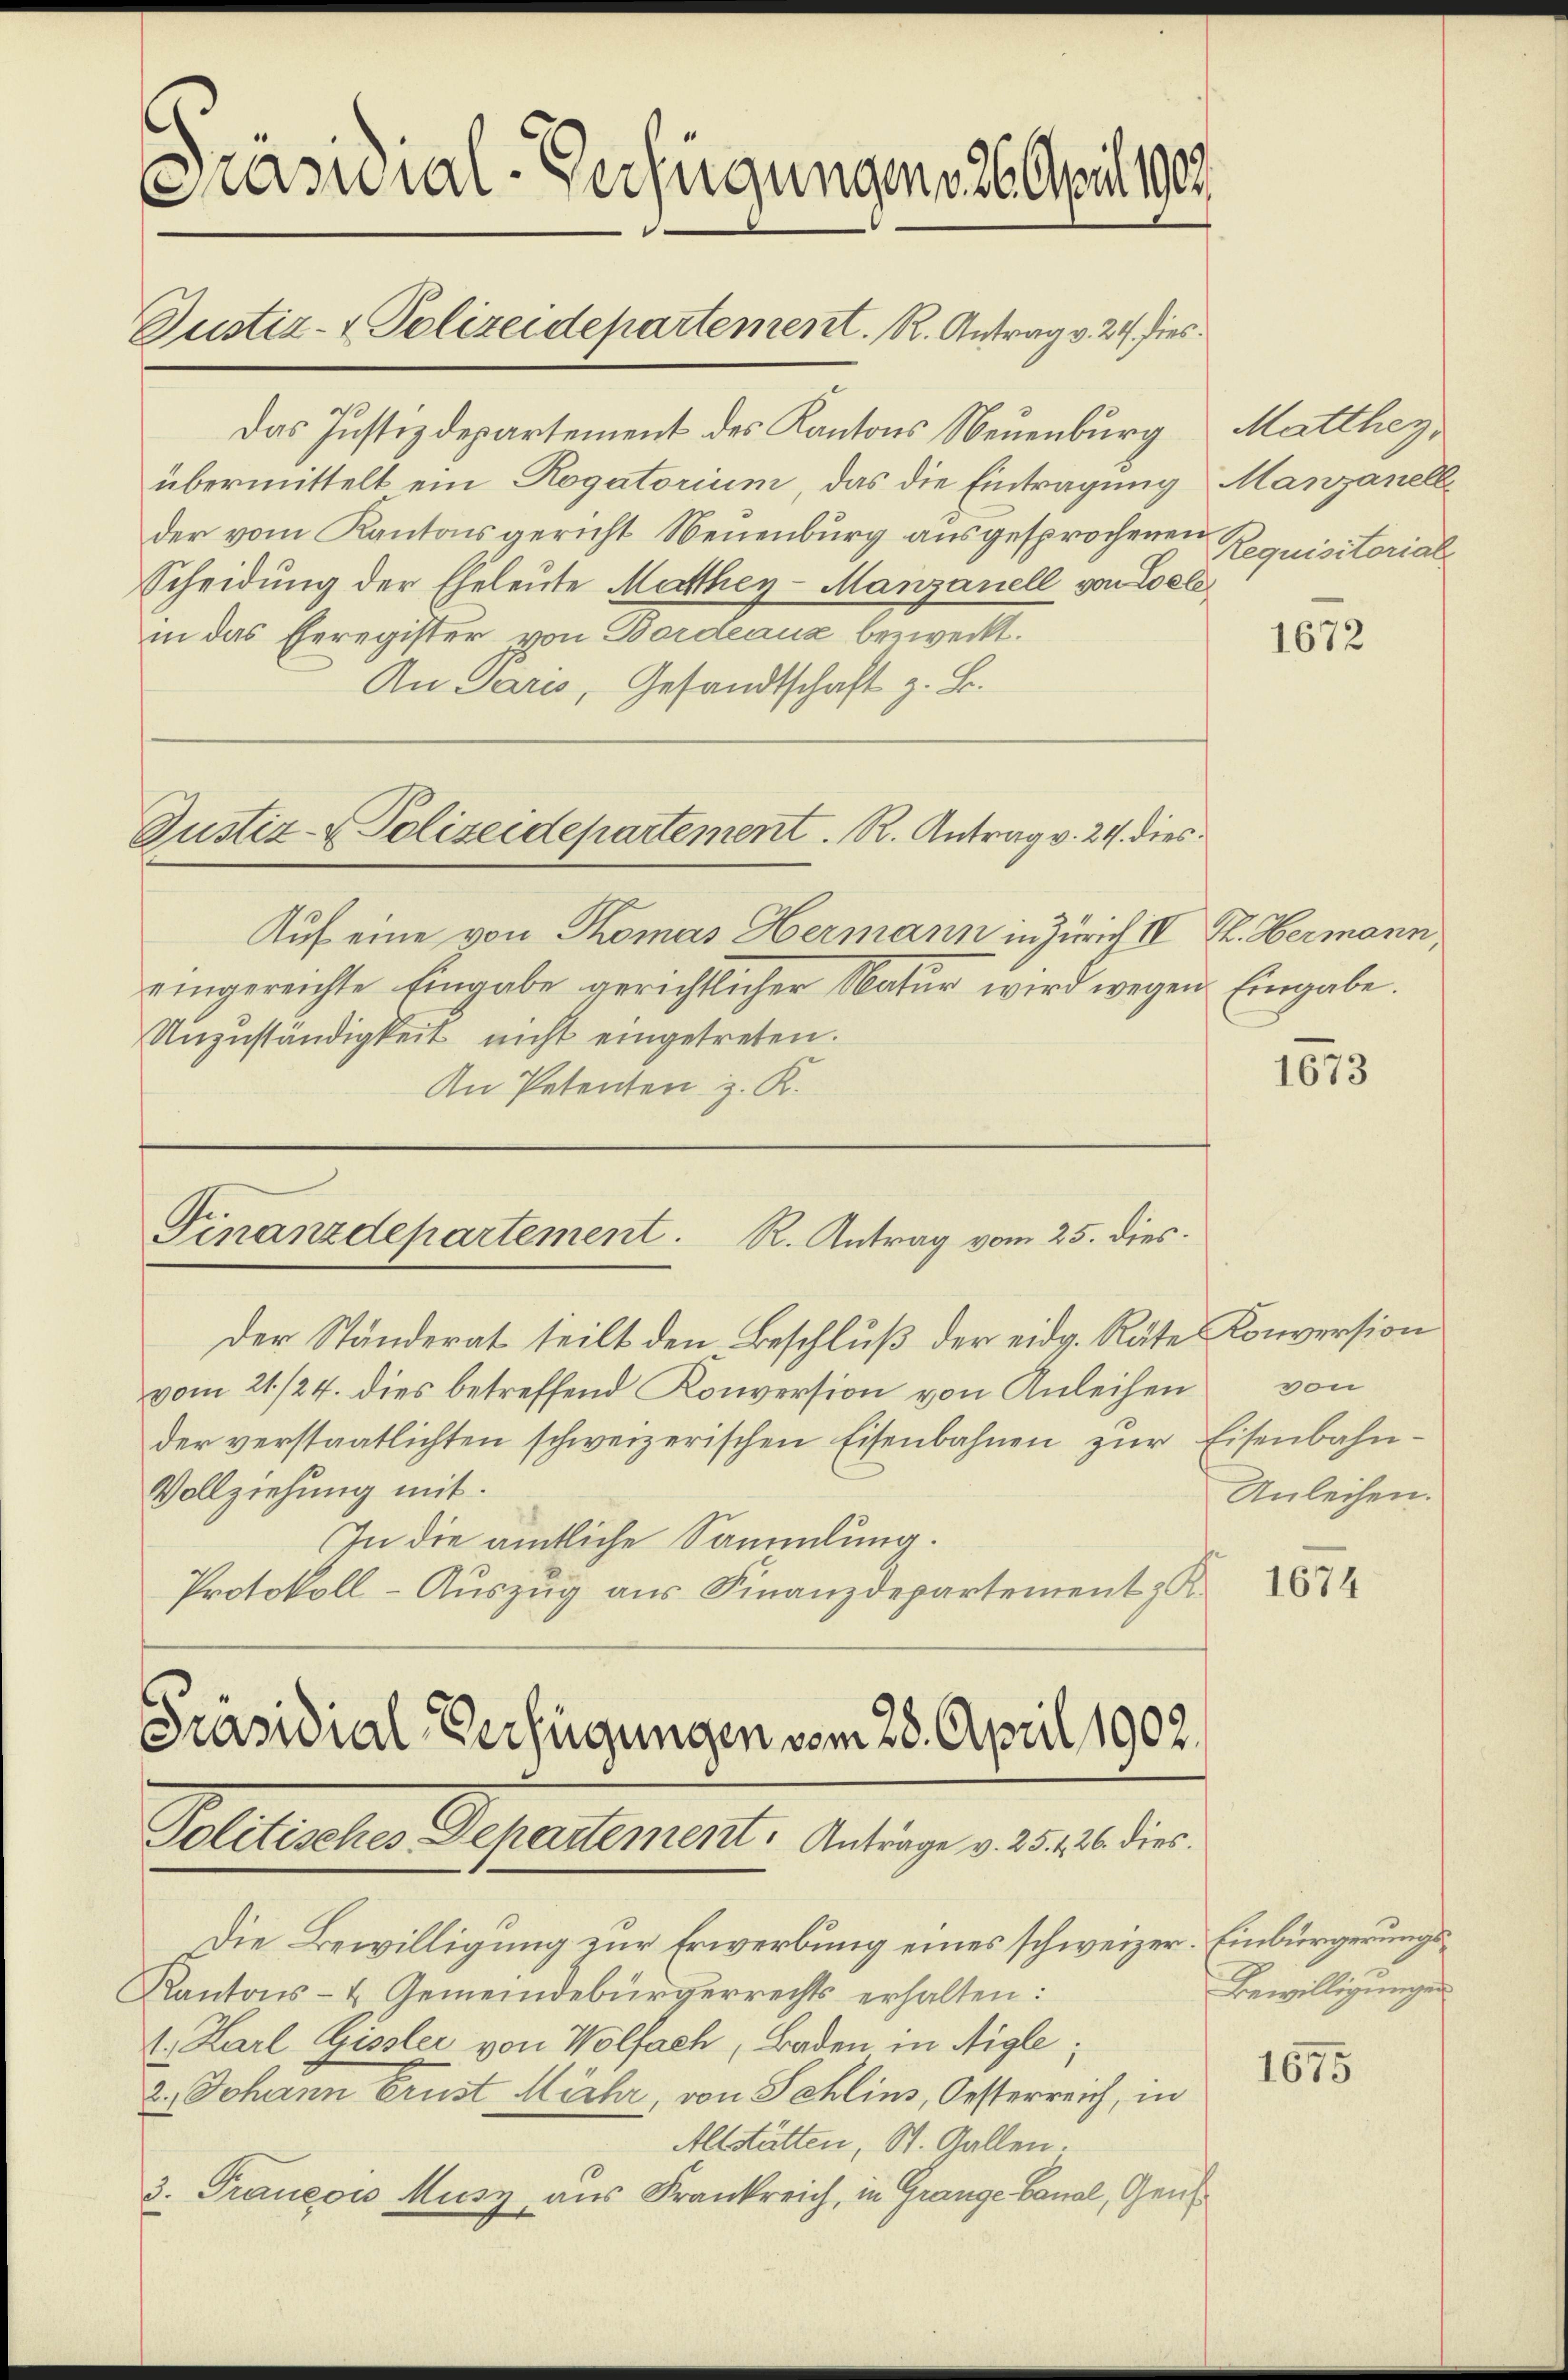
asial-Verfügungen 26. April 1909
Justiz- & Polizeidepartement. R. Antrag v. 24. dies¬

Das Justizdepartement des Kantons Neuenburg
übermittelt ein Rogatorium, das die Eintragung
der vom Kantonsgericht Neuenburg ausgesprochenen
Scheidung der Eheleute Matthey-Manzanell von Coele
in das Eheregister von Bordeaux bezweckt.
An Paris, Gesandtschaft z. B.
Justiz- & Polizeidepartement. R. Antrag v. 24. dies¬
Auf eine von Thomas Hermann in Zürich II S. Hermann,
eingereichte Eingabe gerichtlicher Natŭr wird wegen Eingabe.
Unzuständigkeit nicht eingetreten.
An Petenten z. R.

Finanzdepartement
R. Antrag vom 25. dies.

Der Ständerat teilt den Beschluß der eidg. Räte Konversion
vom 21./24. dies betreffend Konversion von Anleihen
der verstaatlichten schweizerischen Eisenbahnen zŭr Eisenbahn¬
Vollziehung mit
In die amtliche Sammlung.
Protokoll- Auszug aus Finanzdepartement z. K

Präsidial-Verfügungen vom 28. April 1902.
Politisches Departement. Anträge v. 25. 126. dies

Die Bewilligung zur Erwerbung eines schweizer. Einbürgerungs¬
Kantons- & Gemeindebürgerrechts erhalten:
1. Karl Gissler von Wolfach, Baden in Aigle;
2.) Johann Erust Miehr, von Schlins, Oesterreich, in
Altstätten, St. Gallen.
3. Praneois Musz aus Frankreich, in Grange Canal, Gen

Matthey
Manzanell
Requisitorial

1672

1673

von
Anleihen.

1674

Bewilligungen

1675